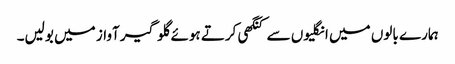
ہمارے بالوں میں انگلیوں سے کنگھی کرتے ہوئے گلو گیر آواز میں بولیں۔